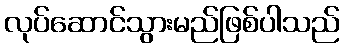
လုပ်ဆောင်သွားမည်ဖြစ်ပါသည်